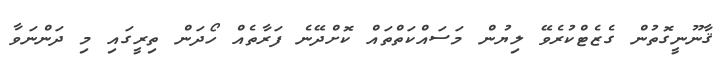
ޤާނޫނީގޮތުން ގެޒެޓްކުރެވޭ ލިޔުން މަސައްކަތްތައް ކޮށްދޭނެ ފަރާތެއް ހޯދަން ތިރީގައި މި ދަންނަވާ